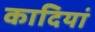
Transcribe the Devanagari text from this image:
कादियां